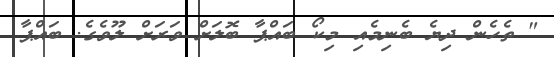
" ތެހެން ދިޔެ ބެނިމެއި މިކޯ ބައްޕާ ބޮލަށް ވަރަށް ލޫވެގެ. ބައްޕާ